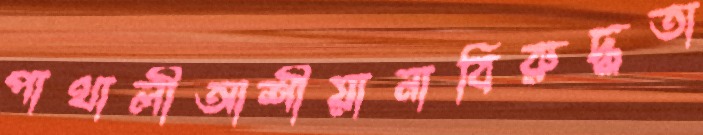
পাথালীআর্শীয়ানাবিরুদ্ধতা